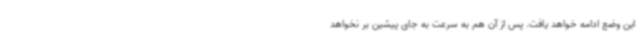
این وضع ادامه خواهد یافت. پس از آن هم به سرعت به جای پیشین بر نخواهد